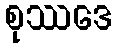
စုဿဒေ